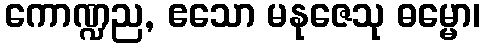
ကောဏ္ဍည, ဧသော မနုဇေသု ဓမ္မော၊